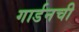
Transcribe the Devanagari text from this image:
गार्डनची